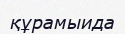
құрамыида